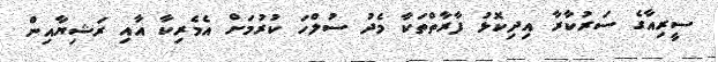
ސީރިއާގެ ސަރުކާރާ އިދިކޮޅު ފާރާތްތަކާ މެދު ސުލްހަ ކުރުމަށް އެމެރިކާ އާއި ރަޝިޔާއިން